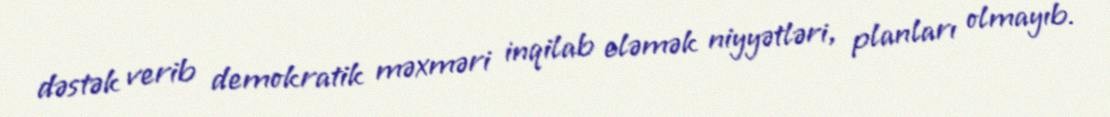
dəstək verib demokratik məxməri inqilab eləmək niyyətləri, planları olmayıb.